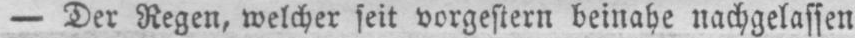
- Der Regen, welcher seit vorgestern beinahe nachgelassen